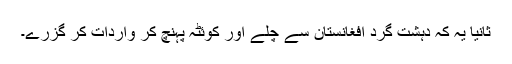
ثانیاً یہ کہ دہشت گرد افغانستان سے چلے اور کوئٹہ پہنچ کر واردات کر گزرے۔